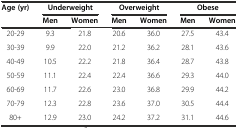
<table><thead><tr><td><b>Age (yr)</b></td><td colspan="2"><b>Underweight</b></td><td colspan="2"><b>Overweight</b></td><td colspan="2"><b>Obese</b></td></tr><tr><td></td><td><b>Men</b></td><td><b>Women</b></td><td><b>Men</b></td><td><b>Women</b></td><td><b>Men</b></td><td><b>Women</b></td></tr></thead><tbody><tr><td>20-29</td><td>9.3</td><td>21.8</td><td>20.6</td><td>36.0</td><td>27.5</td><td>43.4</td></tr><tr><td>30-39</td><td>9.9</td><td>22.0</td><td>21.2</td><td>36.2</td><td>28.1</td><td>43.6</td></tr><tr><td>40-49</td><td>10.5</td><td>22.2</td><td>21.8</td><td>36.4</td><td>28.7</td><td>43.8</td></tr><tr><td>50-59</td><td>11.1</td><td>22.4</td><td>22.4</td><td>36.6</td><td>29.3</td><td>44.0</td></tr><tr><td>60-69</td><td>11.7</td><td>22.6</td><td>23.0</td><td>36.8</td><td>29.9</td><td>44.2</td></tr><tr><td>70-79</td><td>12.3</td><td>22.8</td><td>23.6</td><td>37.0</td><td>30.5</td><td>44.4</td></tr><tr><td>80+</td><td>12.9</td><td>23.0</td><td>24.2</td><td>37.2</td><td>31.1</td><td>44.6</td></tr></tbody></table>